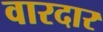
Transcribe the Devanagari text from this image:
वारदार